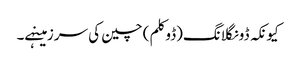
کیونکہ ڈونگلانگ(ڈوکلم) چین کی سرزمینہے۔